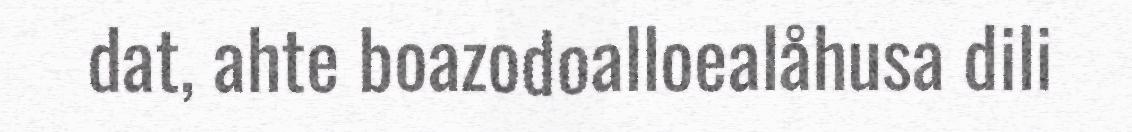
dat, ahte boazodoalloealåhusa dili